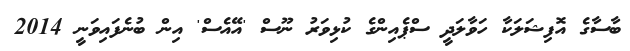
ބާސާގެ އޮފިޝަލަކާ ހަވާލަދީ ސްޕެއިންގެ ކުޅިވަރު ނޫސް 'އޭއެސް' އިން ބުނެފައިވަނީ 2014